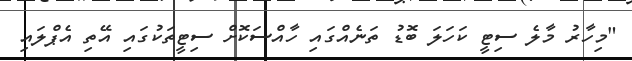
"މިހާރު މާލެ ސިޓީ ކަހަލަ ބޮޑު ތަނެއްގައި ހާއްސަކޮށް ސިޓީތަކުގައި އޭތި އެޕްލައި